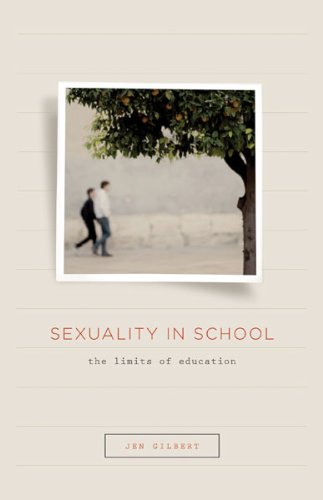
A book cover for Sexuality in School: The Limits of Education; Jen Gilbert; Gay & Lesbian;